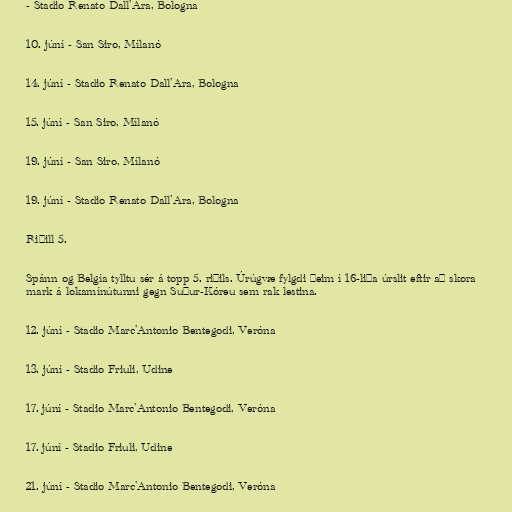
- Stadio Renato Dall'Ara, Bologna

10. júní - San Siro, Mílanó

14. júní - Stadio Renato Dall'Ara, Bologna

15. júní - San Siro, Mílanó

19. júní - San Siro, Mílanó

19. júní - Stadio Renato Dall'Ara, Bologna

Riðill 5.

Spánn og Belgía tylltu sér á topp 5. riðils. Úrúgvæ fylgdi þeim í 16-liða úrslit eftir að skora
mark á lokamínútunni gegn Suður-Kóreu sem rak lestina.

12. júní - Stadio Marc'Antonio Bentegodi, Veróna

13. júní - Stadio Friuli, Udine

17. júní - Stadio Marc'Antonio Bentegodi, Veróna

17. júní - Stadio Friuli, Udine

21. júní - Stadio Marc'Antonio Bentegodi, Veróna